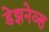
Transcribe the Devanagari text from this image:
डेझनेव्ह